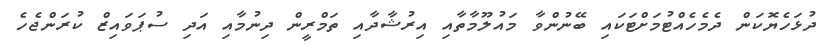
ދުޅަހެޔޮކަން ދެމެހެއްޓުމަށްޓަކައި ބޭނުންވާ މައުލޫމާތާއި އިރުޝާދާއި ތަމްރީން ދިނުމާއި އަދި ސުޕަވައިޒް ކުރަންޖެހެ